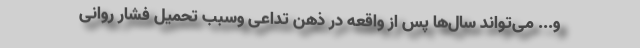
و... می‌تواند سال‌ها پس از واقعه در ذهن تداعی وسبب تحمیل فشار روانی